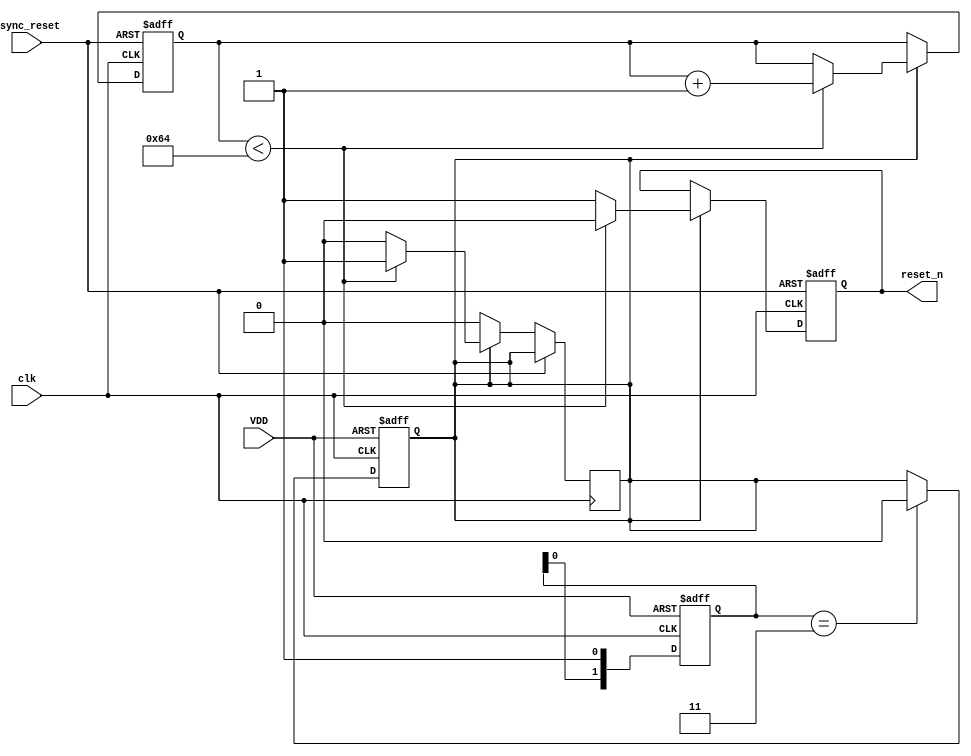
module Power_On_Reset (
    input wire VDD,          // Power supply signal
    input wire clk,          // Clock signal
    input wire async_reset,  // Asynchronous reset input
    output reg reset_n       // Active-low reset signal
);

    // Parameter for reset duration (in clock cycles)
    parameter RESET_DURATION = 100; // Adjust as needed for your design

    // Internal counter
    reg [6:0] counter; // 7 bits to count up to RESET_DURATION (max 127)

    // State for power-on reset
    reg power_on_reset;

    // Debouncing logic (simple example)
    reg [1:0] VDD_stable; // 2-bit shift register for debouncing

    // Initial conditions
    initial begin
        reset_n = 1; // Active-low reset is deasserted (1)
        counter = 0;
        power_on_reset = 0;
        VDD_stable = 2'b00;
    end

    // Monitor VDD for stability
    always @(posedge clk or negedge VDD) begin
        if (!VDD) begin
            VDD_stable <= 2'b00; // VDD is unstable
            power_on_reset <= 1; // Start power-on reset
        end else begin
            VDD_stable <= {VDD_stable[0], 1'b1}; // Shift in stable VDD
            if (VDD_stable == 2'b11) begin
                power_on_reset <= 0; // VDD is stable
            end
        end
    end

    // Main reset generation logic
    always @(posedge clk or posedge async_reset) begin
        if (async_reset) begin
            reset_n <= 1; // Assert reset immediately
            counter <= 0;  // Reset counter
        end else if (power_on_reset) begin
            if (counter < RESET_DURATION) begin
                reset_n <= 0; // Assert reset
                counter <= counter + 1; // Increment counter
            end else begin
                reset_n <= 1; // Release reset
                power_on_reset <= 0; // End power-on reset
            end
        end
    end

endmodule